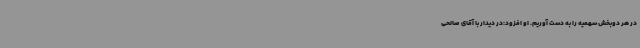
در هر دوبخش سهمیه را به دست آوریم. او افزود:در دیدار با آقای صالحی